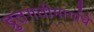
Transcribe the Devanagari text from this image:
द्रुतगतीमार्गाचे